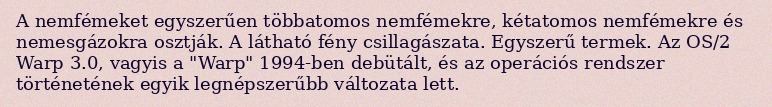
A nemfémeket egyszerűen többatomos nemfémekre, kétatomos nemfémekre és nemesgázokra osztják. A látható fény csillagászata. Egyszerű termek. Az OS/2 Warp 3.0, vagyis a "Warp" 1994-ben debütált, és az operációs rendszer történetének egyik legnépszerűbb változata lett.